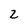
Character: 2